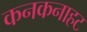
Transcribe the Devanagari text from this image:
कनकनाहट